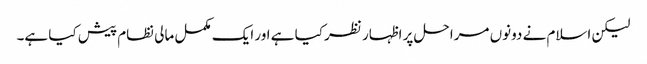
لیکن اسلام نے دونوں مراحل پر اظہار نظر کیا ہے اور ایک مکمل مالی نظام پیش کیا ہے۔